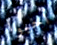
أحبوا